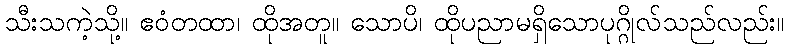
သီးသကဲ့သို့။ ဧဝံတထာ၊ ထိုအတူ။ သောပိ၊ ထိုပညာမရှိသောပုဂ္ဂိုလ်သည်လည်း။